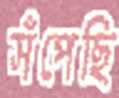
সঁপেছি